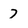
Character: 7